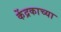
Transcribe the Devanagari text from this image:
केंद्रकाच्या